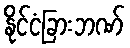
နိုင်ငံခြားဘဏ်